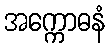
အက္ကောဓနံ